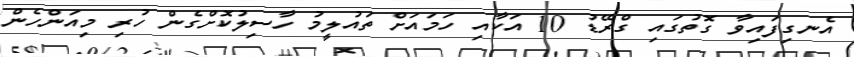
އެނގިފައިވާ ގޮތުގައި ގްރޭޑު 10 އަކާއި ހަމައަށް ތައުލީމު ހާސިލުކޮށްގެން ހުރި މިއަންހެން